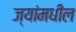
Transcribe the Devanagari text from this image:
ज्यांमधील